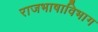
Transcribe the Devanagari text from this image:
राजभाषाविभाग